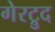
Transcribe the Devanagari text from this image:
गेरट्रुद